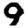
Digit: 9